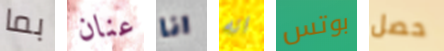
بما عنان انا انه بوتس حصل